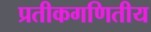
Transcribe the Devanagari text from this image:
प्रतीकगणितीय